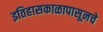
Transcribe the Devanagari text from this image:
इतिहासकाळापासूनचे